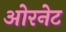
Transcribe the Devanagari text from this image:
ओरनेट